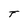
Character: T